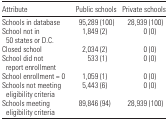
| Attribute | Public schools | Private schools |
 | --- | --- | --- |
 | Schools in database | 95,289 (100) | 28,939 (100) |
 | School not in 50 states or D.C. | 1,849 (2) | 0 (0) |
 | Closed school | 2,034 (2) | 0 (0) |
 | School did not report enrollment | 533 (1) | 0 (0) |
 | School enrollment = 0 | 1,059 (1) | 0 (0) |
 | Schools not meeting eligibility criteria | 5,443 (6) | 0 (0) |
 | Schools meeting eligibility criteria | 89,846 (94) | 28,939 (100) |